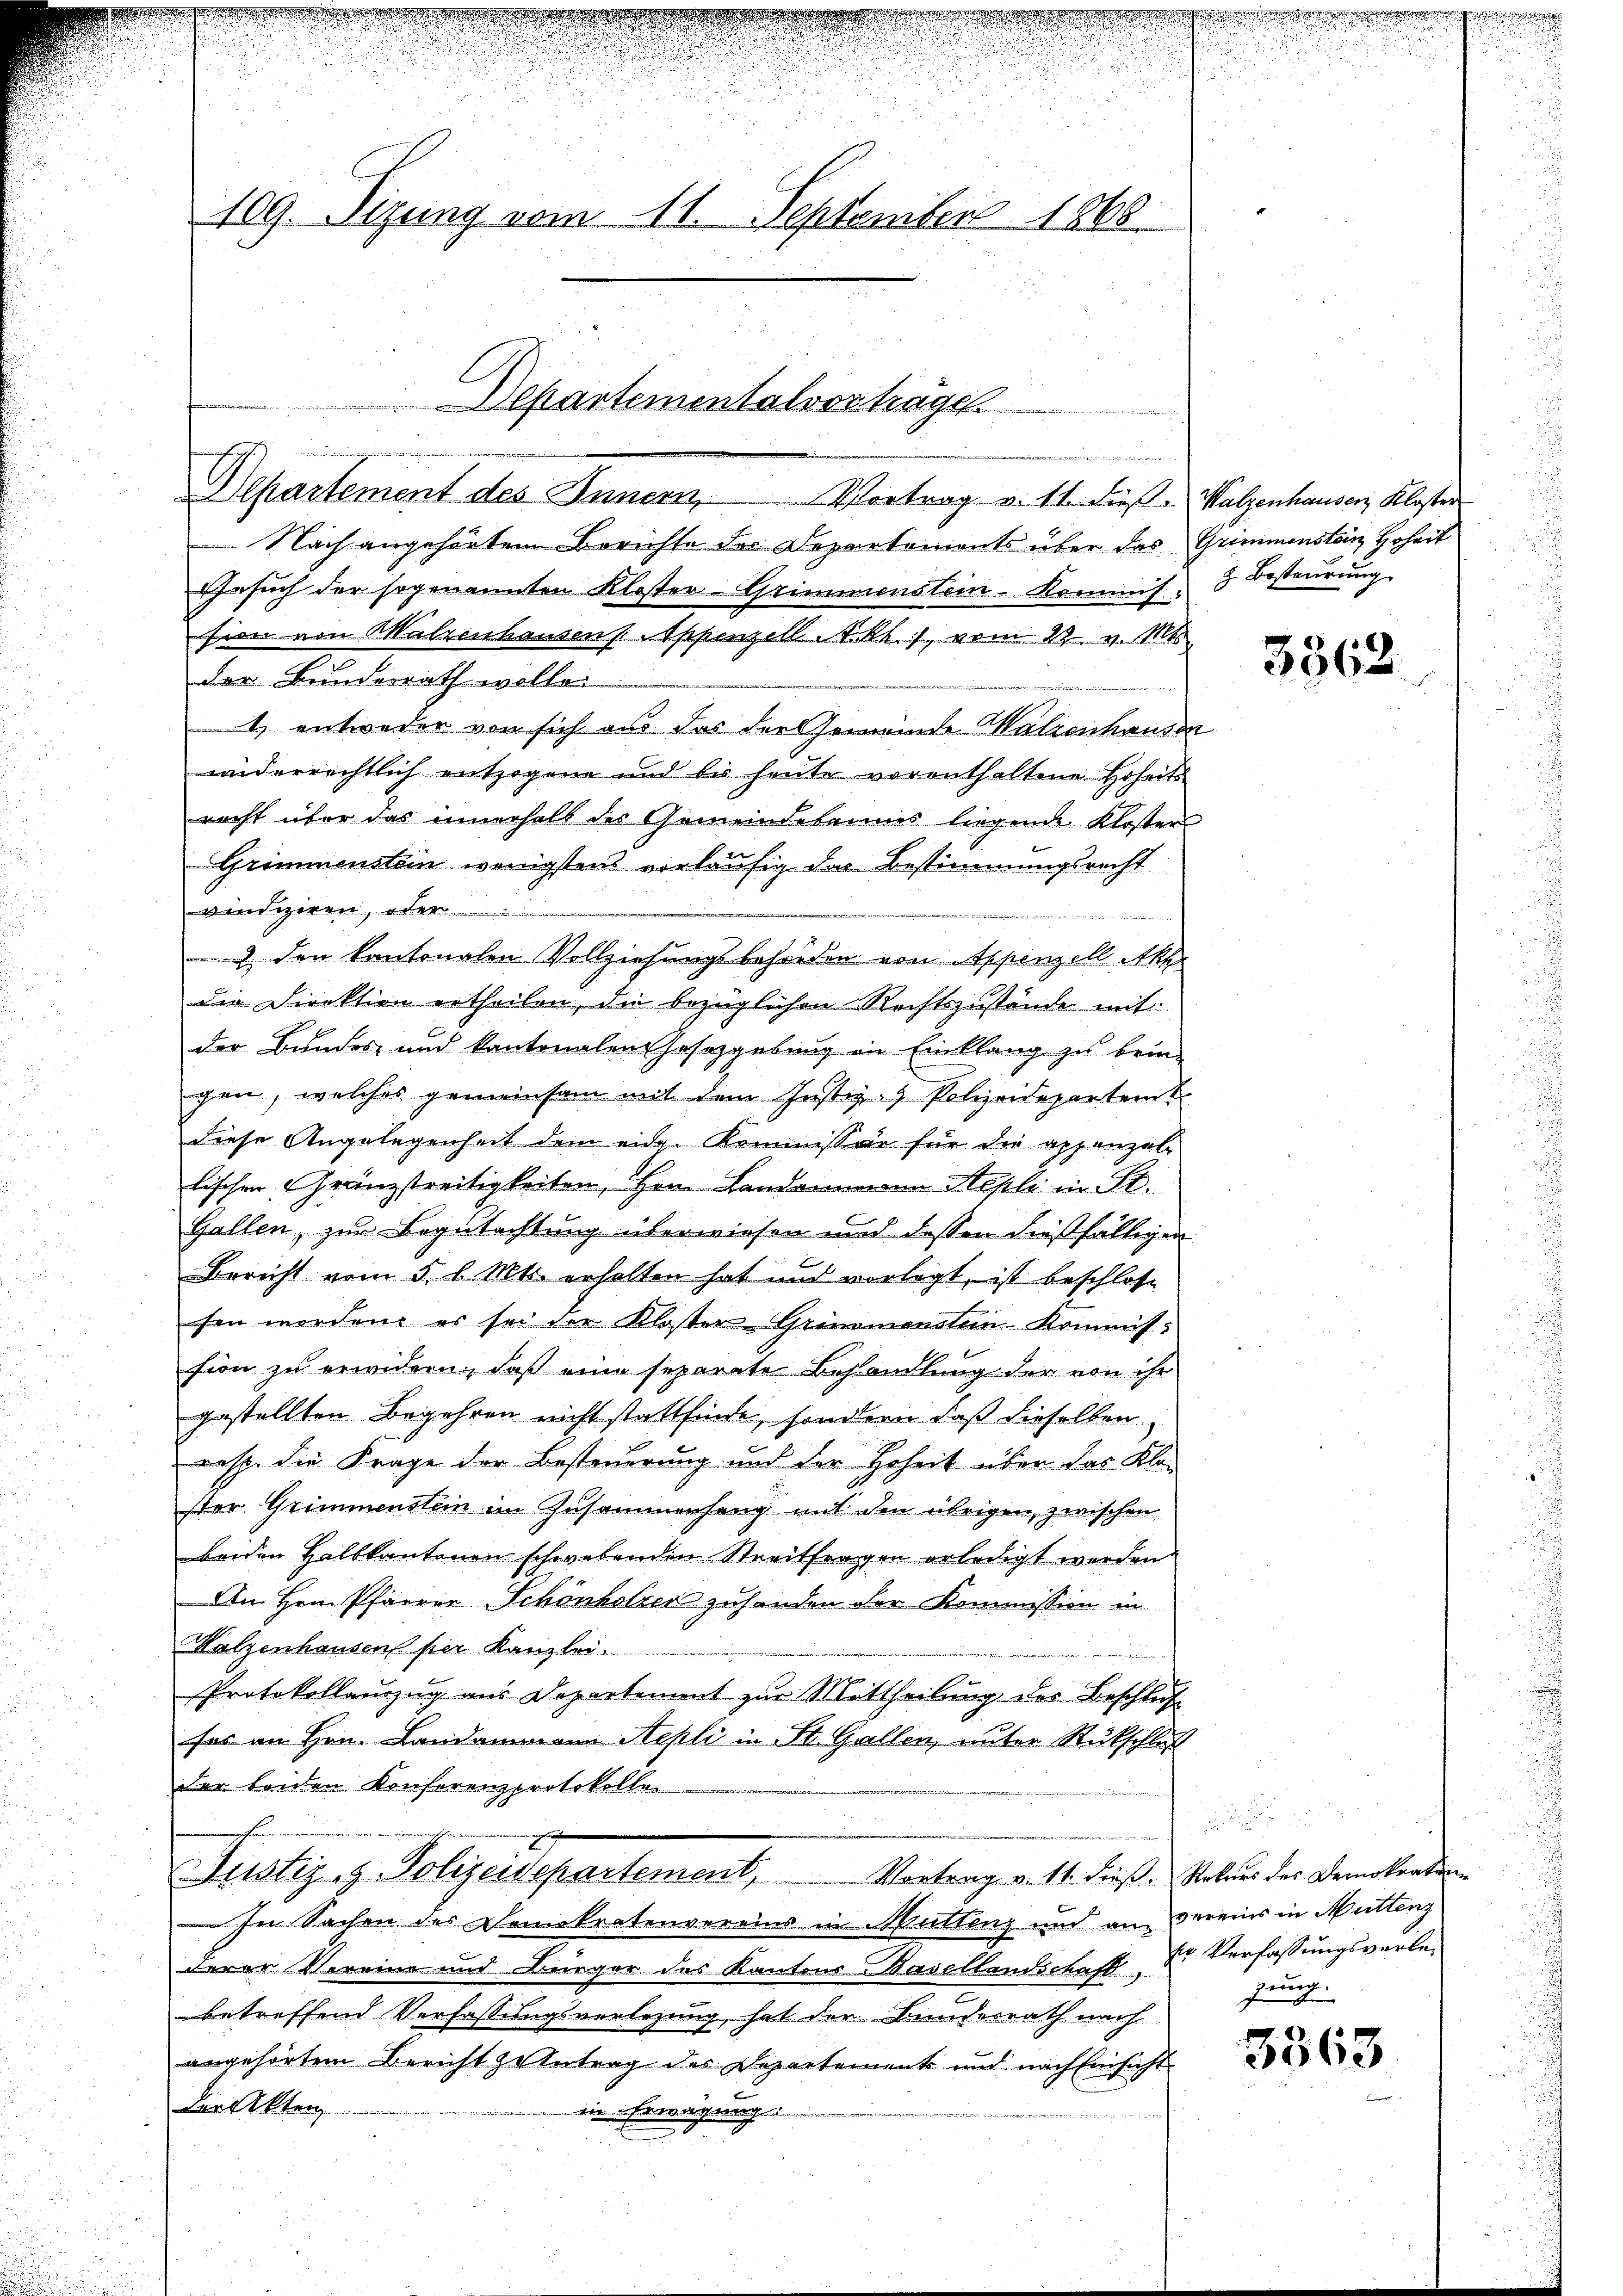
109. Sizung vom 11. September 1868

Departementalvertrage
m

Departement des Innern, Vortrag u. 11. dieß. Walzenhausen, Kloster
Nach angehörtem Berichte der Departements über das Grimmenstein Hoheit
Gesuch der sogenannten Kloster-Grimmenstein-Kommis. 3 Besteurung
sion von Malzenhausens. Appenzell A.Rh., vom 22. v. Mts.
der Bundesrath wolle.
1) entweder von sich aus das der Gemeinde Walzenhausen
widerrechtlich entzogene und bis heute vorenthaltene Hoheits
recht über das innerhalb des Gemeindebannes liegende Kloster
Grimmenstein wenigstens vorläufig der Bestimmungsrecht
vindiziren, oder
2. den kantonalen Vollziehungsbehörden von Appenzell Akz
die Direktion ertheilen, die bezüglichen Rechtszustände mit
der Bundes- und kantonalen Gesetzgebung an Einklang zu brin-
gen, welches gemeinsam mit dem Justiz- Polizeidepartem
diese Angelegenheit dem eidg. Kommissär für die appenzel-
lischen Grenzstreitigkeiten, Hrn. Landammann Hepli in St.
Gallen, zur Begutachtung überwiesen und dessen dießfälligen
Bericht vom 5. l. Mts. erhalten hat und vorlegt, ist beschlosse
sen worden, es sei der Kloster Grinamenstein-Kommission zu erwidern, daß eine separate Behandlung der von ihr
gestellten Begehren nicht stattfinde, sondern daß dieselben
resp. die Frage der Besteuerung und der Hoheit über das Klaster Grimmenstein im Zusammenhang mit den übrigen, zwischen
beiden Halbkantonen schwebenden Streitfragen erledigt werden.
An Hrn. Pfarrer Schönholzer zuhanden der Kommission in
Malzenhausen per Kanzlei.
Protokollanzug aus Departement zur Mittheilung des Beschluß
fas an Hrn. Landammann Stepli in St. Gallen, unter Rückschluß
der beiden Konferenzprotokolle
5

Justiz- & Polizeidepartement,
Vortrag v. 11. dieß, Rekurs des Demokration
In Sachen des Demokratenvereins in Muttenz und an vereins in Mutteng
derer Vereine und Bürger des Kantons Basellandschaft Dr. Verfassungsverlebetreffend Verfassungsverlegung, hat der Bunderrath nach
angehörtem Bericht zehntrag des Departements und nach Einsicht
Larkten
in Erwägung

2

3362.

Zug

3363

2
n